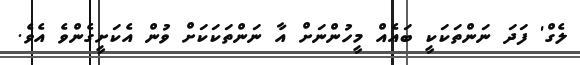
ލެގް' ފަދަ ނަންތަކަކީ ބައެއް މީހުންނަށް އާ ނަންތަކަކަށް ވުން އެކަށީގެންވެ އެވެ.